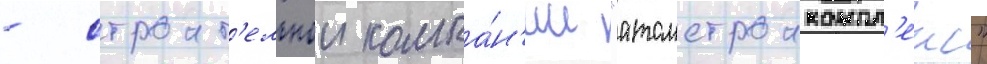
- строит'ельнои компа́н'ии "атомстроикомпл'екс"